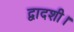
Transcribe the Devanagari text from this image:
द्वादशी।